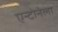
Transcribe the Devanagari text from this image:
एन्टोनेला